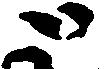
と